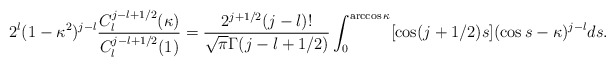
\begin{align*}2^l(1-\kappa^2)^{j-l}\frac{C_l^{j-l+1/2}(\kappa)}{C_l^{j-l+1/2}(1)} = \frac{2^{j+1/2}(j-l)!}{\sqrt{\pi}\Gamma(j-l+1/2)}\int_0^{\arccos \kappa}[\cos(j+1/2)s](\cos s-\kappa)^{j-l}ds.\end{align*}